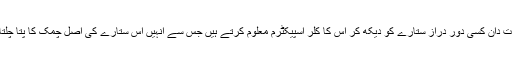
فلکیات دان کسی دور دراز ستارے کو دیکھ کر اس کا کلر اسپیکٹرم معلوم کرتے ہیں جس سے انہیں اس ستارے کی اصل چمک کا پتا چلتا ہے۔